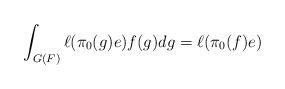
LaTeX: \begin{align*}\displaystyle \int_{G(F)} \ell(\pi_0(g)e)f(g)dg=\ell(\pi_0(f)e)\end{align*}